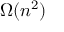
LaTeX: \Omega ( n ^ { 2 } )